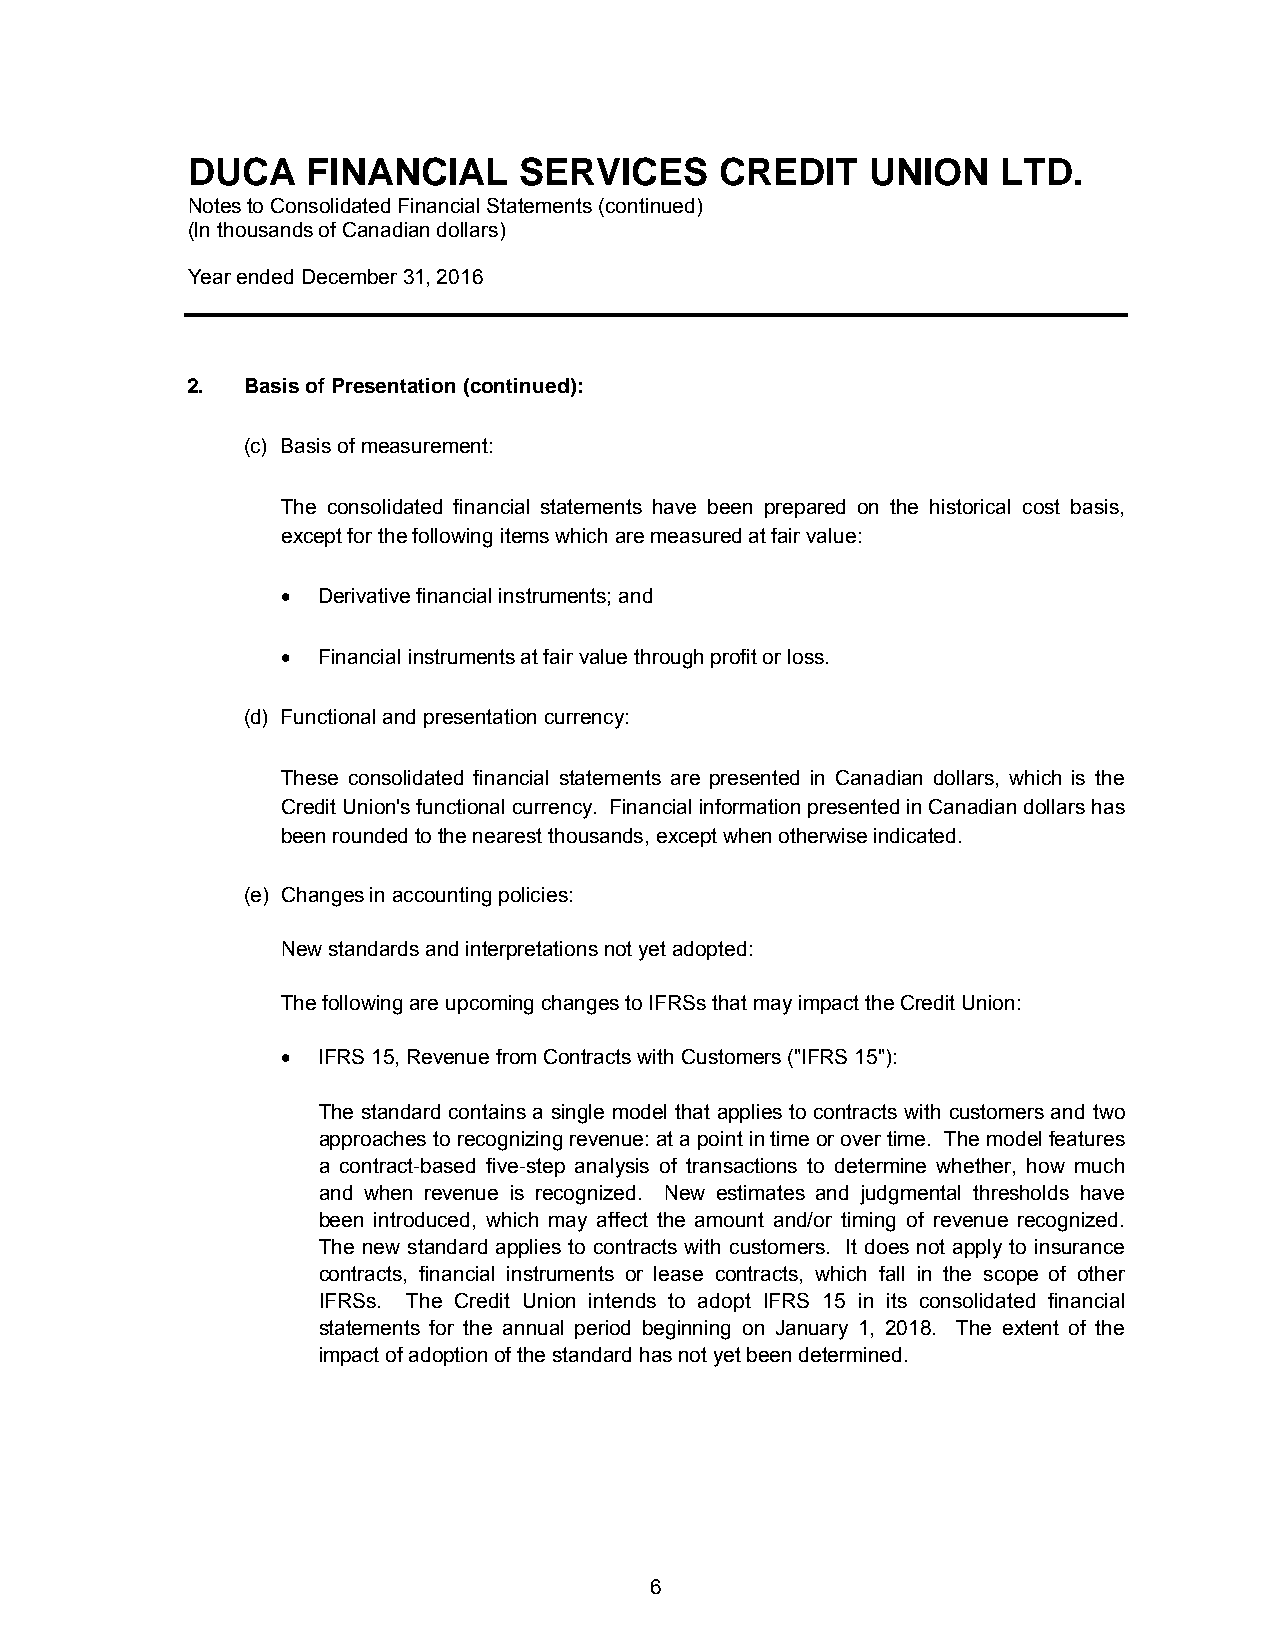
DUCA    FINANCIAL     SERVICES      CREDIT    UNION   LTD.
 Notes to Consolidated Financial Statements (continued)
 (In thousands of Canadian dollars)
 Year ended December 31, 2016
 2.  Basis of Presentation (continued):
 (c) Basis of measurement:
 The consolidated financial statements have been prepared on the historical cost basis,
 except for the following items which are measured at fair value:
  Derivative financial instruments; and
  Financial instruments at fair value through profit or loss.
 (d) Functional and presentation currency:
 These consolidated financial statements are presented in Canadian dollars, which is the
 Credit Union's functional currency. Financial information presented in Canadian dollars has
 been rounded to the nearest thousands, except when otherwise indicated.
 (e) Changes in accounting policies:
 New standards and interpretations not yet adopted:
 The following are upcoming changes to IFRSs that may impact the Credit Union:
  IFRS 15, Revenue from Contracts with Customers ("IFRS 15"):
 The standard contains a single model that applies to contracts with customers and two
 approaches to recognizing revenue: at a point in time or over time. The model features
 a contract-based five-step analysis of transactions to determine whether, how much
 and when revenue is recognized. New estimates and judgmental thresholds have
 been introduced, which may affect the amount and/or timing of revenue recognized.
 The new standard applies to contracts with customers. It does not apply to insurance
 contracts, financial instruments or lease contracts, which fall in the scope of other
 IFRSs. The Credit Union intends to adopt IFRS 15 in its consolidated financial
 statements for the annual period beginning on January 1, 2018. The extent of the
 impact of adoption of the standard has not yet been determined.
 6